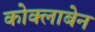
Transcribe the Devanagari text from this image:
कोक्लाबेन